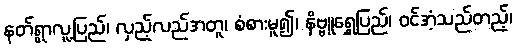
နတ်ရွာလူ့ပြည်၊ လှည့်လည်အတူ၊ စံစားမူ၍၊ နိဗ္ဗူရွှေပြည်၊ ဝင်အံ့သည်တည့်၊